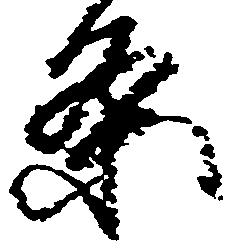
条